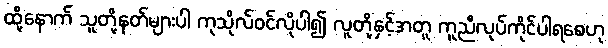
ထို့နောက် သူတို့နတ်များပါ ကုသိုလ်ဝင်လိုပါ၍ လူတို့နှင့်အတူ ကူညီလုပ်ကိုင်ပါရစေဟု